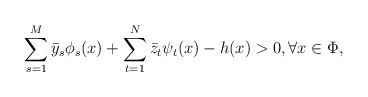
\begin{align*}\sum_{s=1}^{M}\bar y_s\phi_s(x)+\sum_{t=1}^{N}\bar z_t\psi_t(x)-h(x)> 0, \forall x\in \Phi,\end{align*}